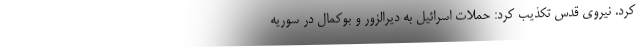
کرد. نیروی قدس تکذیب کرد: حملات اسرائیل به دیرالزور و بوکمال در سوریه